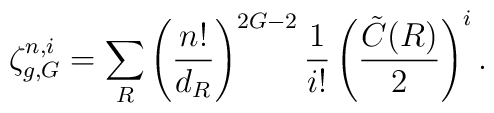
\zeta_{g,G}^{n,i} =   \sum_{R} \left( \frac{n!}{d_R}\right)^{2G - 2}{1 \over i!} \left( \frac{\tilde{C}(R)}{2} \right)^{i}.